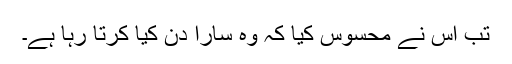
تب اس نے محسوس کیا کہ وہ سارا دن کیا کرتا رہا ہے۔